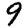
Digit: 9